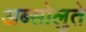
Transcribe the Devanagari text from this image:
अब्सोलुते